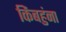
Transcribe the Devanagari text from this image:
किंबहुंना